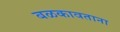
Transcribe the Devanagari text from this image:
बळकावताना